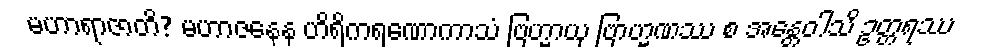
မဟာရာဇာတိ? မဟာဇနေန ဟိရိကရဏောကာသံ ဗြဟ္မာယု ဗြာဟ္မဏဿ စ အန္တေဝါသိ ဥတ္တရဿ